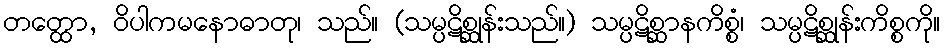
တတ္ထော, ဝိပါကမနောဓာတု၊ သည်။ (သမ္ပဋိစ္ဆုန်းသည်။) သမ္ပဋိစ္ဆာနကိစ္စံ၊ သမ္ပဋိစ္ဆုန်းကိစ္စကို။